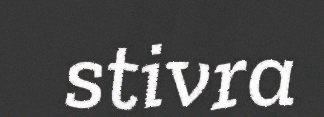
stivra